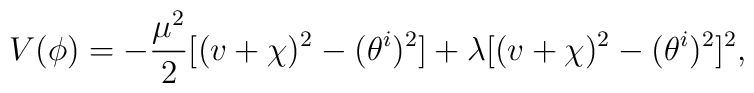
V(\phi)=-\frac{\mu^2}{2}[(v+\chi)^2-(\theta^i)^2]+\lambda[(v+\chi)^2-(\theta^i)^2]^2,